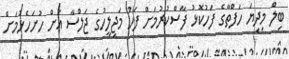
ބިލް މިދިޔަ ހަފްތާގެ ފަހުކޮޅު ފާސްކުރުމަށް ފަހު މަޖިލީހުގެ ޖަލްސާ އަށް ހުށަހެޅުމަށް